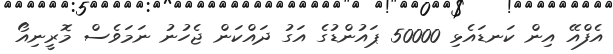
އެފްއޭ އިން ކަނޑައެޅި 50000 ޕައުންޑުގެ އަގު ދައްކަން ޖެހުނު ނަމަވެސް މޮރީނިއޯ